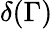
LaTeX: \delta(\Gamma)